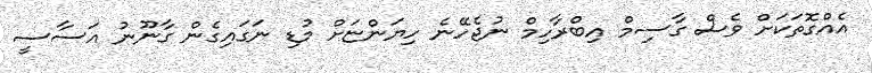
އެއްގޮތަކަށް ވެސް ގާސިމް އިބްރާހިމް ނުޖެހޭނެ ހިޔަންޏަށް މުޑި ނަގައިގެން ގާނޫނު އަސާސީ